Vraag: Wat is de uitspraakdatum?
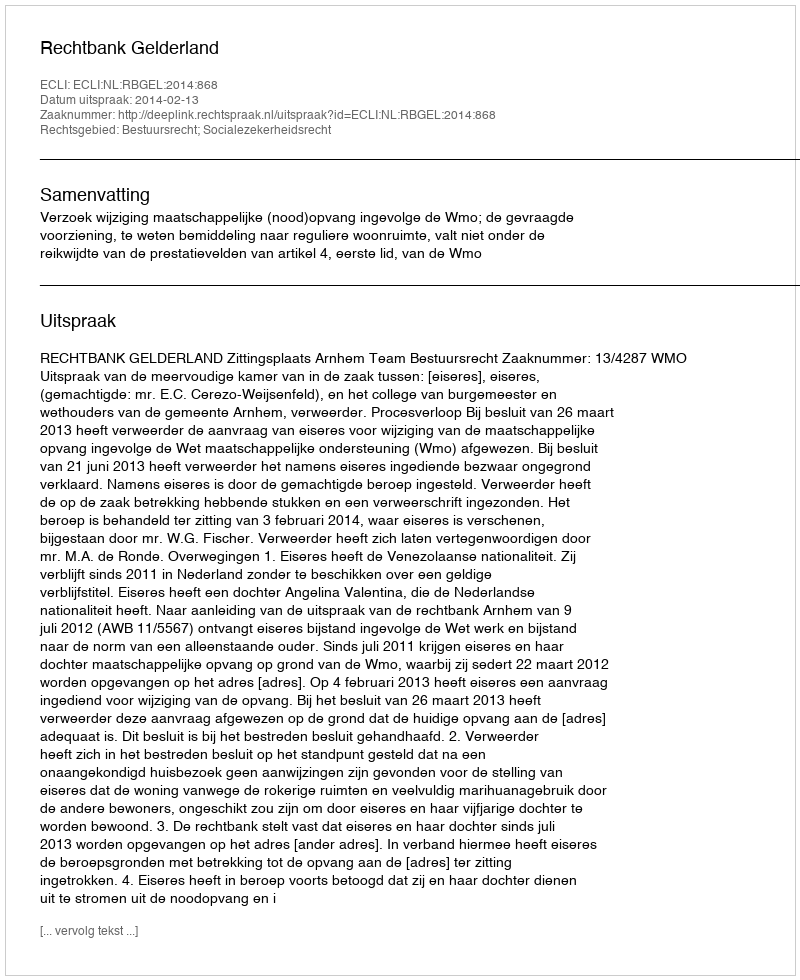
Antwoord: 2014-02-13